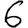
Digit: 6